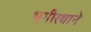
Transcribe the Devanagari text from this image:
भगीरथाने